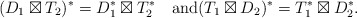
\begin{align*}(D_1\boxtimes T_2)^*=D_1^*\boxtimes T_2^*\quad\mbox{and}(T_1\boxtimes D_2)^*=T_1^*\boxtimes D_2^*.\end{align*}